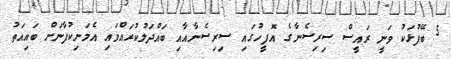
5 ބޭފުޅަކު ވަނީ ރައީސް ސިރިސެނާގެ އޮފީހުގައި ސިރިސެނާއާއި ބައްދަލުކުރައްވައި އެމަނިކުފާނަށް ބައިއަތު